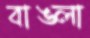
বাঙ্লা